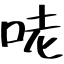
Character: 咾